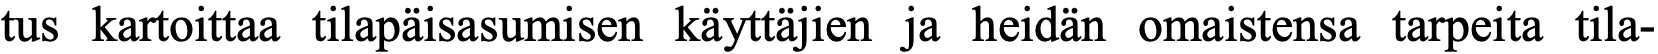
tus kartoittaa tilapäisasumisen käyttäjien ja heidän omaistensa tarpeita tila-